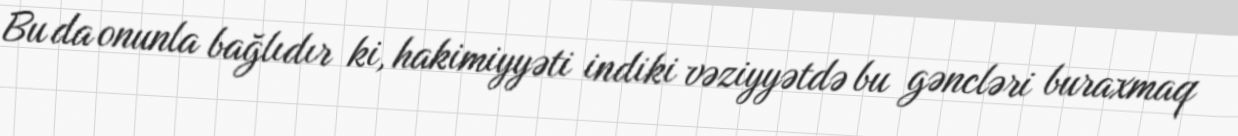
Bu da onunla bağlıdır ki, hakimiyyəti indiki vəziyyətdə bu gəncləri buraxmaq